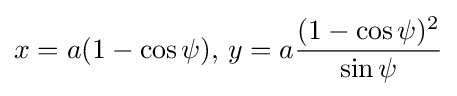
x=a(1-\cos \psi ),\,y=a{\frac {(1-\cos \psi )^{2}}{\sin \psi }}